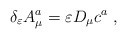
\begin{align*}\delta_{\varepsilon} A_{\mu} ^{a} = \varepsilon D_{\mu}c^{a}~, \end{align*}